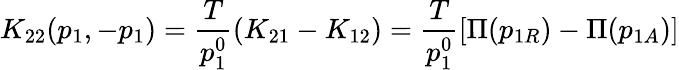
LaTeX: K_{22}(p_{1},-p_{1})={\frac{T}{p_{1}^{0}}}(K_{21}-K_{12})={\frac{T}{p_{1}^{0}}}[\Pi(p_{1R})-\Pi(p_{1A})]